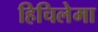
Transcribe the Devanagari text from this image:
हिचिलेमा